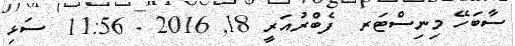
ސާބަހޭ މިނިސްޓަރ  ފެބްރުއަރީ 18